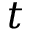
t